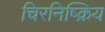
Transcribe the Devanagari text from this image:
चिरनिष्क्रिय